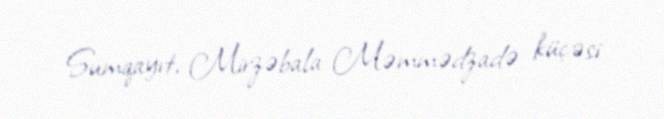
Sumqayıt, Mirzəbala Məmmədzadə küçəsi